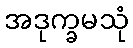
အဒုက္ခမသုံ